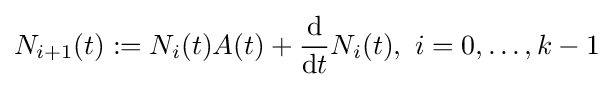
N_{i+1}(t):=N_{i}(t)A(t)+{\frac {\mathrm {d} }{\mathrm {d} t}}N_{i}(t),\ i=0,\ldots ,k-1